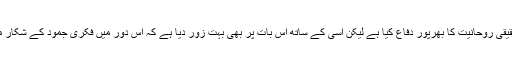
امین نیا نے مزید کہا: امام خمینی نے اپنے منشور میں ابتدا، حقیقی روحانیت کا بھرپور دفاع کیا ہے لیکن اسی کے ساتھ اس بات پر بھی بہت زور دیا ہے کہ اس دور میں فکری جمود کے شکار مقدس نما افراد اور درباری علماء کی تعداد کسی طرح کم نہیں۔